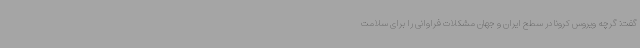
گفت: گرچه ویروس کرونا در سطح ایران و جهان مشکلات فراوانی را برای سلامت